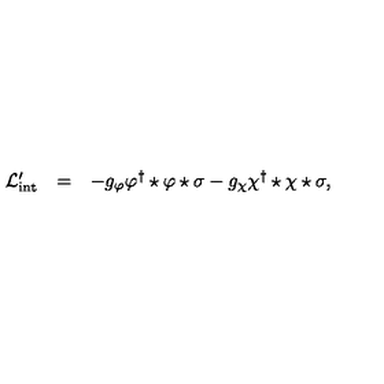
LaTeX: \begin{array} { r c l } { { \cal L } _ { \mathrm { i n t } } ^ { \prime } } & { = } & { - g _ { \varphi } \varphi ^ { \dagger } \star \varphi \star \sigma - g _ { \chi } \chi ^ { \dagger } \star \chi \star \sigma , } \\ \end{array}